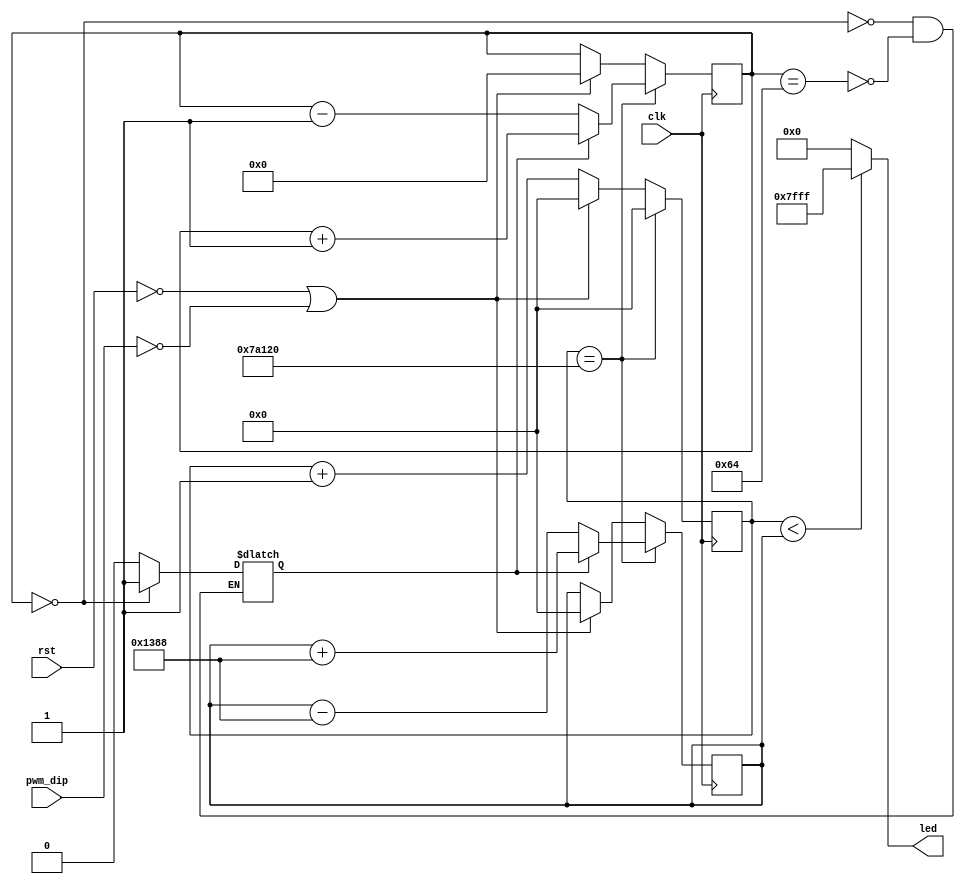
`timescale 1ns / 1ps


module pwm(  //
    input clk,
    input rst,
    input pwm_dip,
    output [14:0] led
    );

    reg [24:0] cnt_reg;     //
    reg [14:0] light;       //LED
    reg DIR=1'b1;           //
    reg [24:0] value;       //
    reg [6:0] cs;           //1~100

    always @ (posedge clk)  //
    begin
    if(!rst || !pwm_dip)
    begin   //
        cnt_reg <= 0;
        cs <= 7'd0;
        value <= 0;
    end
    else
        cnt_reg <= cnt_reg+1;                   //1
        if(cnt_reg == 500000)                   //
            begin           
            if(DIR) begin                       //DIR=1
                value <= value + 19'd5000;      //
                cnt_reg <= 20'd0;               //0
                cs <= cs + 1'b1;                //+1
            end
            else begin
                value <= value - 19'd5000;      //
                cnt_reg <= 20'd0;               //0
                cs <= cs - 1'b1;                //-1
            end
            end
        end
    
    always@(cnt_reg) begin          //
    //
        if(cnt_reg < value) begin   //valuie
            light <= 15'h7fff;      //1
        end 
        else begin                  //valuie
            light <= 15'h0000;      //0
        end
    end
    
    always @ (value) begin
    if (cs == 100) begin            //cs1001
        DIR <= 1'b0; end            //DIR=0
    if (cs == 0) begin              //cs.0
        DIR <= 1'd1; end            //DIR=1
    end  
    assign  led = light;            //    
        
    
endmodule